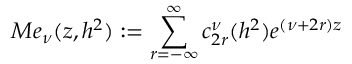
M e _ { \nu } ( z , h ^ { 2 } ) : = \sum _ { r = - \infty } ^ { \infty } c _ { 2 r } ^ { \nu } ( h ^ { 2 } ) e ^ { ( \nu + 2 r ) z }